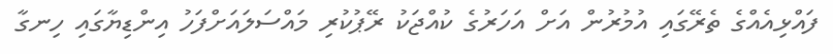
ފައްޅިއެއްގެ ތެރޭގައި އުމުރުން އަށް އަހަރުގެ ކުއްޖަކު ރޭޕުކުރި މައްސަލައަށްފަހު އިންޑިޔާގައި ހިނގާ